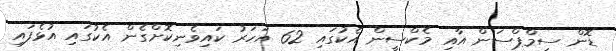
ޑޮން ސިމްޕްސަން އާއި މެކްސީން އެކުގައި 62 އަހަރު ކައިވެނިކޮށްގެން އެކުގައި އުޅެފައި